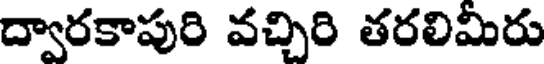
ద్వారకాపురి వచ్చిరి తరలిమీరు